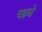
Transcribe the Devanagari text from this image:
चढ़बो